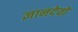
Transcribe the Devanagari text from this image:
ज्ञानदेवो